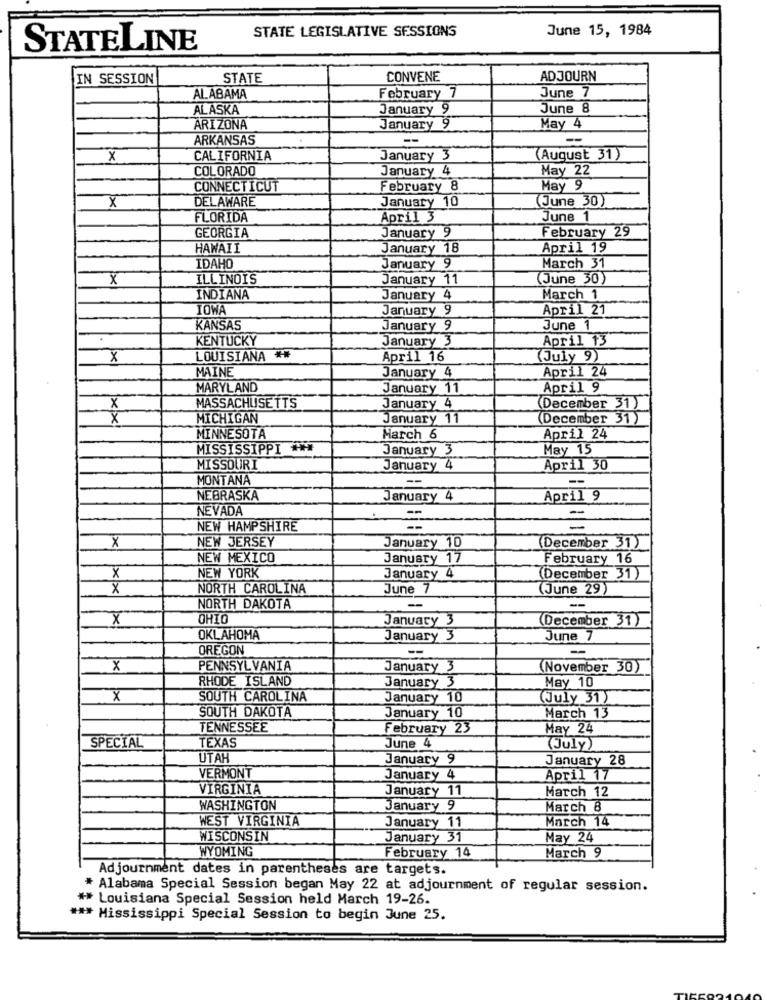
STATE LEGISLATIVE SESSIONS
June 15, 1984
STATELINE
IN SESSION
STATE
CONVENE
ADJOURN
February 7
June 7
ALABAMA
ALASKA
January 9
June 8
ARIZONA
January 9
May 4
ARKANSAS
-
-
X
CALIFORNIA
January 3
(August 31)
COLORADO
January 4
May 22
CONNECTICUT
February 8
May 9
DELAWARE
January 10
(June 30)
X
FLORIDA
April 3
June 1
January 9
February 29
GEORGIA
HAWAII
January 18
April 19
IDAHO
January 9
March 31
X
ILLINOIS
January 11
(June 30)
INDIANA
January 4
March 1
IOWA
January 9
April 21
KANSAS
January 9
June 1
KENTUCKY
January 3
April 13
X
LOUISIANA **
April 16
July 9)
MAINE
April 24
January 4
MARYLAND
January 11
April 9
X
MASSACHUSETTS
January 4
December 31)
X
MICHIGAN
January 11
(December 31)
MINNESOTA
March 6
April 24
MISSISSIPPI ***
January 3
May 15
MISSOURI
January 4
April 30
MONTANA
--
NEBRASKA
January 4
April 9
NEVADA
-
-
NEW HAMPSHIRE
-
X
NEW JERSEY
January 10
(December 31)
NEW MEXICO
January 17
February 16
NEW YORK
X
January 4
(December 31)
X
NORTH CAROLINA
June 7
June 29)
NORTH DAKOTA
-
-
x
OHIO
January 3
(December 31)
OKLAHOMA
January 3
June 7
OREGON
-
--
X
PENNSYLVANIA
January 3
(November 30)
RHODE ISLAND
May 10
January 3
x
SOUTH CAROLINA
January 10
(July 31)
January 10
SOUTH DAKOTA
March 13
TENNESSEE
February 23
May 24
TEXAS
SPECIAL
June 4
(July)
UTAH
January 9
January 28
VERMONT
January 4
April 17
VIRGINIA
January 11
March 12
WASHINGTON
January 9
March 8
WEST VIRGINIA
March 14
January 11
WISCONSIN
January 31
May 24
WYOMING
February 14
March 9
Adjournment dates in parentheses are targets.
* Alabama Special Session began May 22 at adjournment of regular session.
** Louisiana Special Session held March 19-26.
*** Mississippi Special Session to begin June 25.